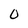
Character: O